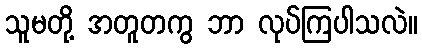
သူမတို့ အတူတကွ ဘာ လုပ်ကြပါသလဲ။